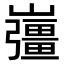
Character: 𡾪